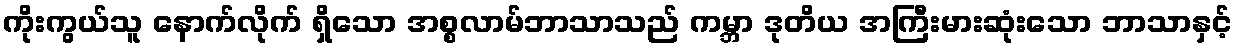
ကိုးကွယ်သူ နောက်လိုက် ရှိသော အစ္စလာမ်ဘာသာသည် ကမ္ဘာ ဒုတိယ အကြီးမားဆုံးသော ဘာသာနှင့်